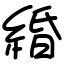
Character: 緍